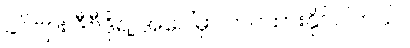
ခင်ဗျား ဒီဗီဒိုရဲ့ အပေါ်မှာ တင်ထားနိုင်ပါတယ်။